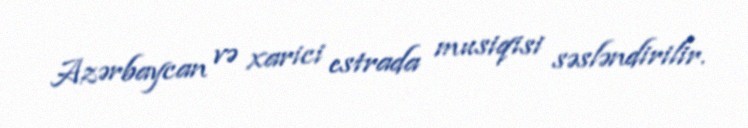
Azərbaycan və xarici estrada musiqisi səsləndirilir.